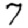
Digit: 7